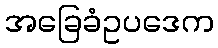
အခြေခံဥပဒေက